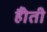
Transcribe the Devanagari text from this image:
हैोती